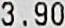
3.90